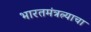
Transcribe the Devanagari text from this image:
भारतमंत्रत्र्याचा